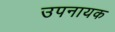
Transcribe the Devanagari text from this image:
उपनायक